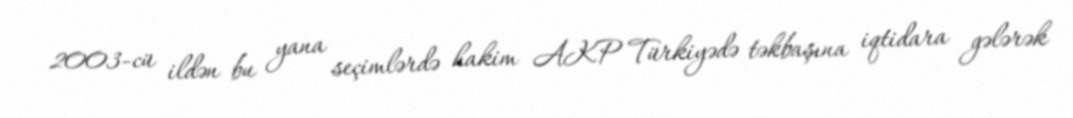
2003-cü ildən bu yana seçimlərdə hakim AKP Türkiyədə təkbaşına iqtidara gələrək